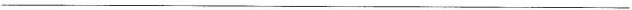
___